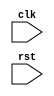
module USB_Controller (
    input wire clk,
    input wire rst,
    // other input and output ports as needed
);

// Timing control logic
// Insert code here to generate required clock cycles for USB transactions

// Synchronization logic
// Insert code here to align data signals between host and device

// Protocol-specific timing constraints
// Insert code here to handle any protocol-specific timing constraints

// Data integrity synchronization
// Insert code here to ensure data integrity through proper synchronization

// Handshaking signal management
// Insert code here to manage handshaking signals for data transfers

endmodule